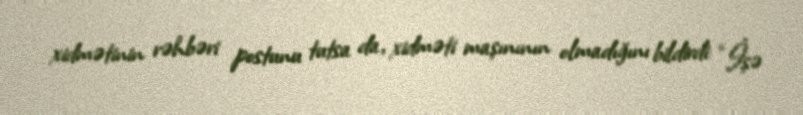
xidmətinin rəhbəri postunu tutsa da, xidməti maşınının olmadığını bildirdi: “İşə